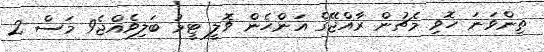
ތިންވަނަ ހޮވި މެޗުން ރާއްޖޭގެ އަންހެން ވޮލީ ޓީމު ބަލިވެއްޖެ9 މަސް 2